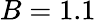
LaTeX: B=1.1